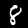
Label: 8